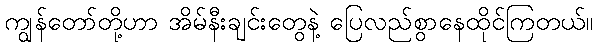
ကျွန်တော်တို့ဟာ အိမ်နီးချင်းတွေနဲ့ ပြေလည်စွာနေထိုင်ကြတယ်။